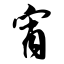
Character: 宵